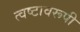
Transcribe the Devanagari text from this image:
त्वष्टावरूपी